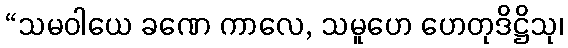
“သမဝါယေ ခဏေ ကာလေ, သမူဟေ ဟေတုဒိဋ္ဌိသု၊